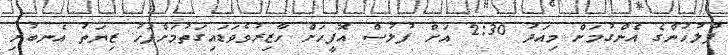
ފުލުހުންގެ އެންގުމަށް މިއަދު 2:30 އަށް ފުލުސް އޮފީހަށް ހާޒިރުވެވަޑައިގަތުމަށްފަހު ޒިޔަތު އެނބުރި